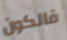
فالكون